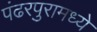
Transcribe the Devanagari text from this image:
पंढरपुरामध्ये